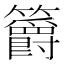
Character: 𥷮